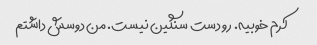
کرم خوبیه. رو دست سنگین نیست. من دوسش داشتم